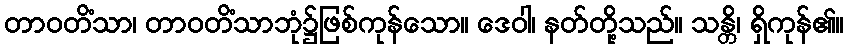
တာဝတိံသာ၊ တာဝတိံသာဘုံ၌ဖြစ်ကုန်သော။ ဒေဝါ၊ နတ်တို့သည်။ သန္တိ၊ ရှိကုန်၏။